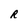
Character: R